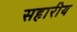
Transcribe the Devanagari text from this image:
सहारीय